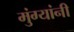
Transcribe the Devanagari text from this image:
मुंग्यांनी